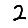
Digit: 2